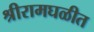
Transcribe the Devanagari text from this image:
श्रीरामघळीत